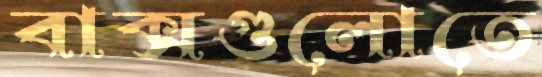
বাক্সগুলোতে